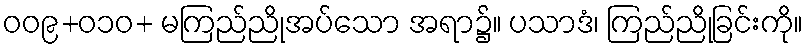
ဝဝ၉+၀၁ဝ+ မကြည်ညိုအပ်သော အရာ၌။ ပသာဒံ၊ ကြည်ညိုခြင်းကို။